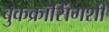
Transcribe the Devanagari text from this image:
बुकक्रॉसिंगशी